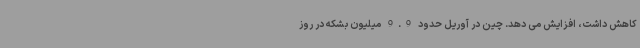
کاهش داشت، افزایش می دهد. چین در آوریل حدود 9.9 میلیون بشکه در روز